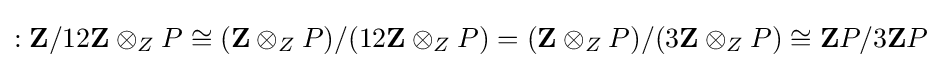
:\mathbf {Z} /12\mathbf {Z} \otimes _{Z}P\cong (\mathbf {Z} \otimes _{Z}P)/(12\mathbf {Z} \otimes _{Z}P)=(\mathbf {Z} \otimes _{Z}P)/(3\mathbf {Z} \otimes _{Z}P)\cong \mathbf {Z} P/3\mathbf {Z} P